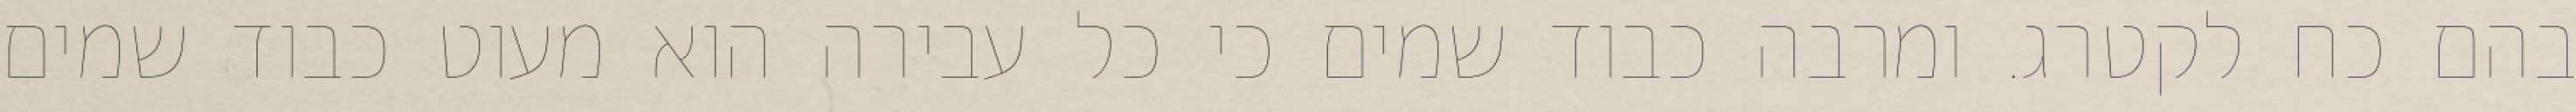
בהם כח לקטרג. ומרבה כבוד שמים כי כל עבירה הוא מעוט כבוד שמים